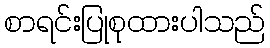
စာရင်းပြုစုထားပါသည်